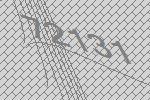
72131